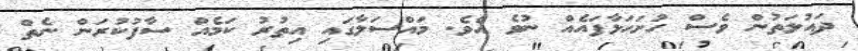
ދައުލަތުން ވެސް ހުށަހަޅާފައެއް ނުވެ އެވެ. މައްސަލާގައި އިތުރު ކަމެއް ސާފުކުރަން ނެތް